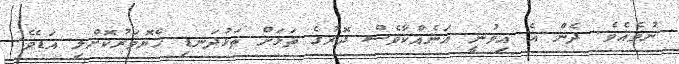
ނުވެއެވެ. ދެން އެ އިވުނީ އަނެއްކާވެސް ދޮރުގެ ތަޅަށް ތަޅުދަނޑި ހެޔޮވަރުކޮށްލި އަޑެވެ.